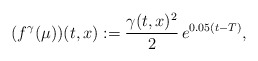
\begin{align*}(f^\gamma(\mu))(t,x) := \frac{\gamma(t,x)^2}2\, e^{0.05(t-T)},\end{align*}